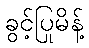
ခွင့်ပြုမိန့်